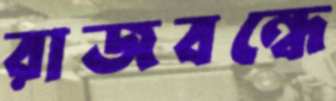
রাজবন্ধে